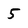
Character: 5